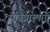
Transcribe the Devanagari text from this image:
पवित्रात्मायें